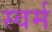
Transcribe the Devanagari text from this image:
स्वर्म